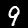
Label: 9